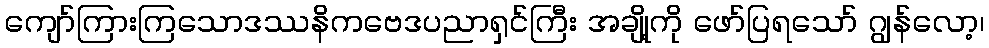
ကျော်ကြားကြသောဒဿနိကဗေဒပညာရှင်ကြီး အချို့ကို ဖော်ပြရသော် ဂျွန်လော့၊